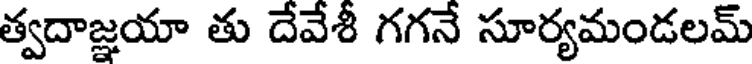
త్వదాజ్ఞయా తు దేవేశీ గగనే సూర్యమండలమ్